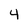
Character: 4